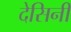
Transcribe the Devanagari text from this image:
देसिनी